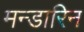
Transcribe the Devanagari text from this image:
मन्डारिन